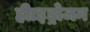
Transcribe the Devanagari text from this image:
हीाइड्रोजन